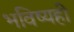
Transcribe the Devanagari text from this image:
भविष्यही